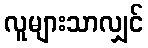
လူများသာလျှင်